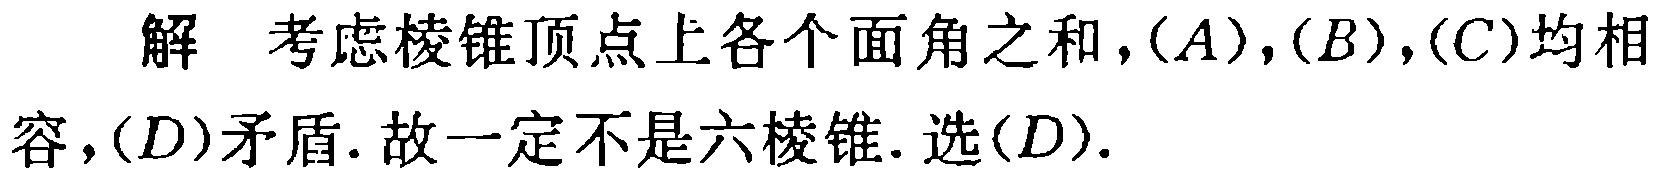
解 考虑棱锥顶点上各个面角之和，$(A)$，$(B)$，$(C)$均相容，$(D)$矛盾. 故一定不是六棱锥. 选$(D)$.